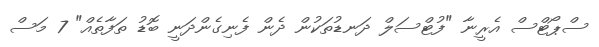
ސްޕޯޓްސް އެރީނާ "ފުޓްސަލް ދަނޑުތަކުން ދެން ފެނިގެންދަނީ ބޮޑު ތަފާތެއް" 7 މަސް